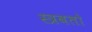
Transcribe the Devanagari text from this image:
स्त्रवतो